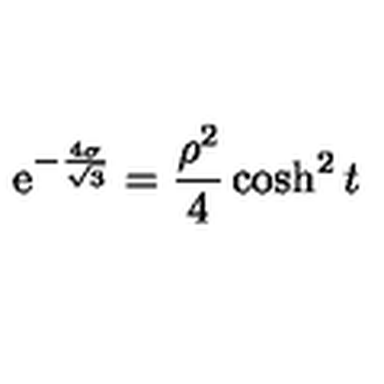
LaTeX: \mathrm { e } ^ { - { \frac { 4 \sigma } { \sqrt { 3 } } } } = { \frac { \rho ^ { 2 } } { 4 } } \cosh ^ { 2 } t